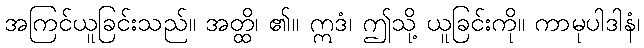
အကြင်ယူခြင်းသည်။ အတ္ထိ၊ ၏။ ဣဒံ၊ ဤသို့ ယူခြင်းကို။ ကာမုပါဒါနံ၊